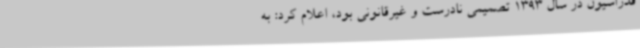
فدراسیون در سال 1393 تصمیمی نادرست و غیرقانونی بود، اعلام کرد: به